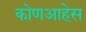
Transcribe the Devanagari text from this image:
कोणआहेस